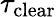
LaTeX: \tau_{\mathrm{clear}}